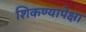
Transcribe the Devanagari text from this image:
शिकण्यापेक्षा